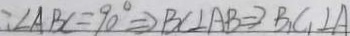
: \angle A B C = 9 0 ^ { \circ } \Rightarrow B C \bot A B \Rightarrow B _ { 1 } C _ { 1 } \bot A